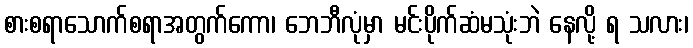
စားစရာသောက်စရာအတွက်ကော၊ ဘေဘီလုံမှာ မင်းပိုက်ဆံမသုံးဘဲ နေလို့ ရ သလား၊